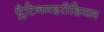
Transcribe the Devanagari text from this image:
प्लैटिनमइरीडियम